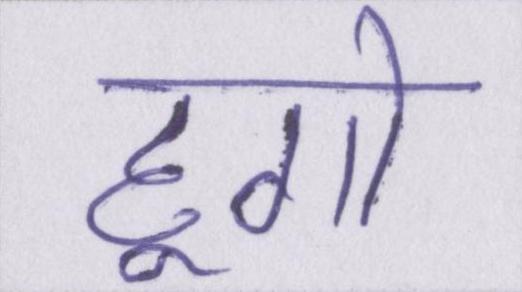
हूगो